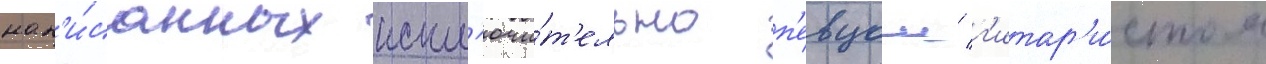
нап'и́санных искл'ючи́т'ельно п'евцом/ г'итар'и́стом